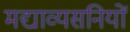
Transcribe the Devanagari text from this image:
मद्याव्यसनियों